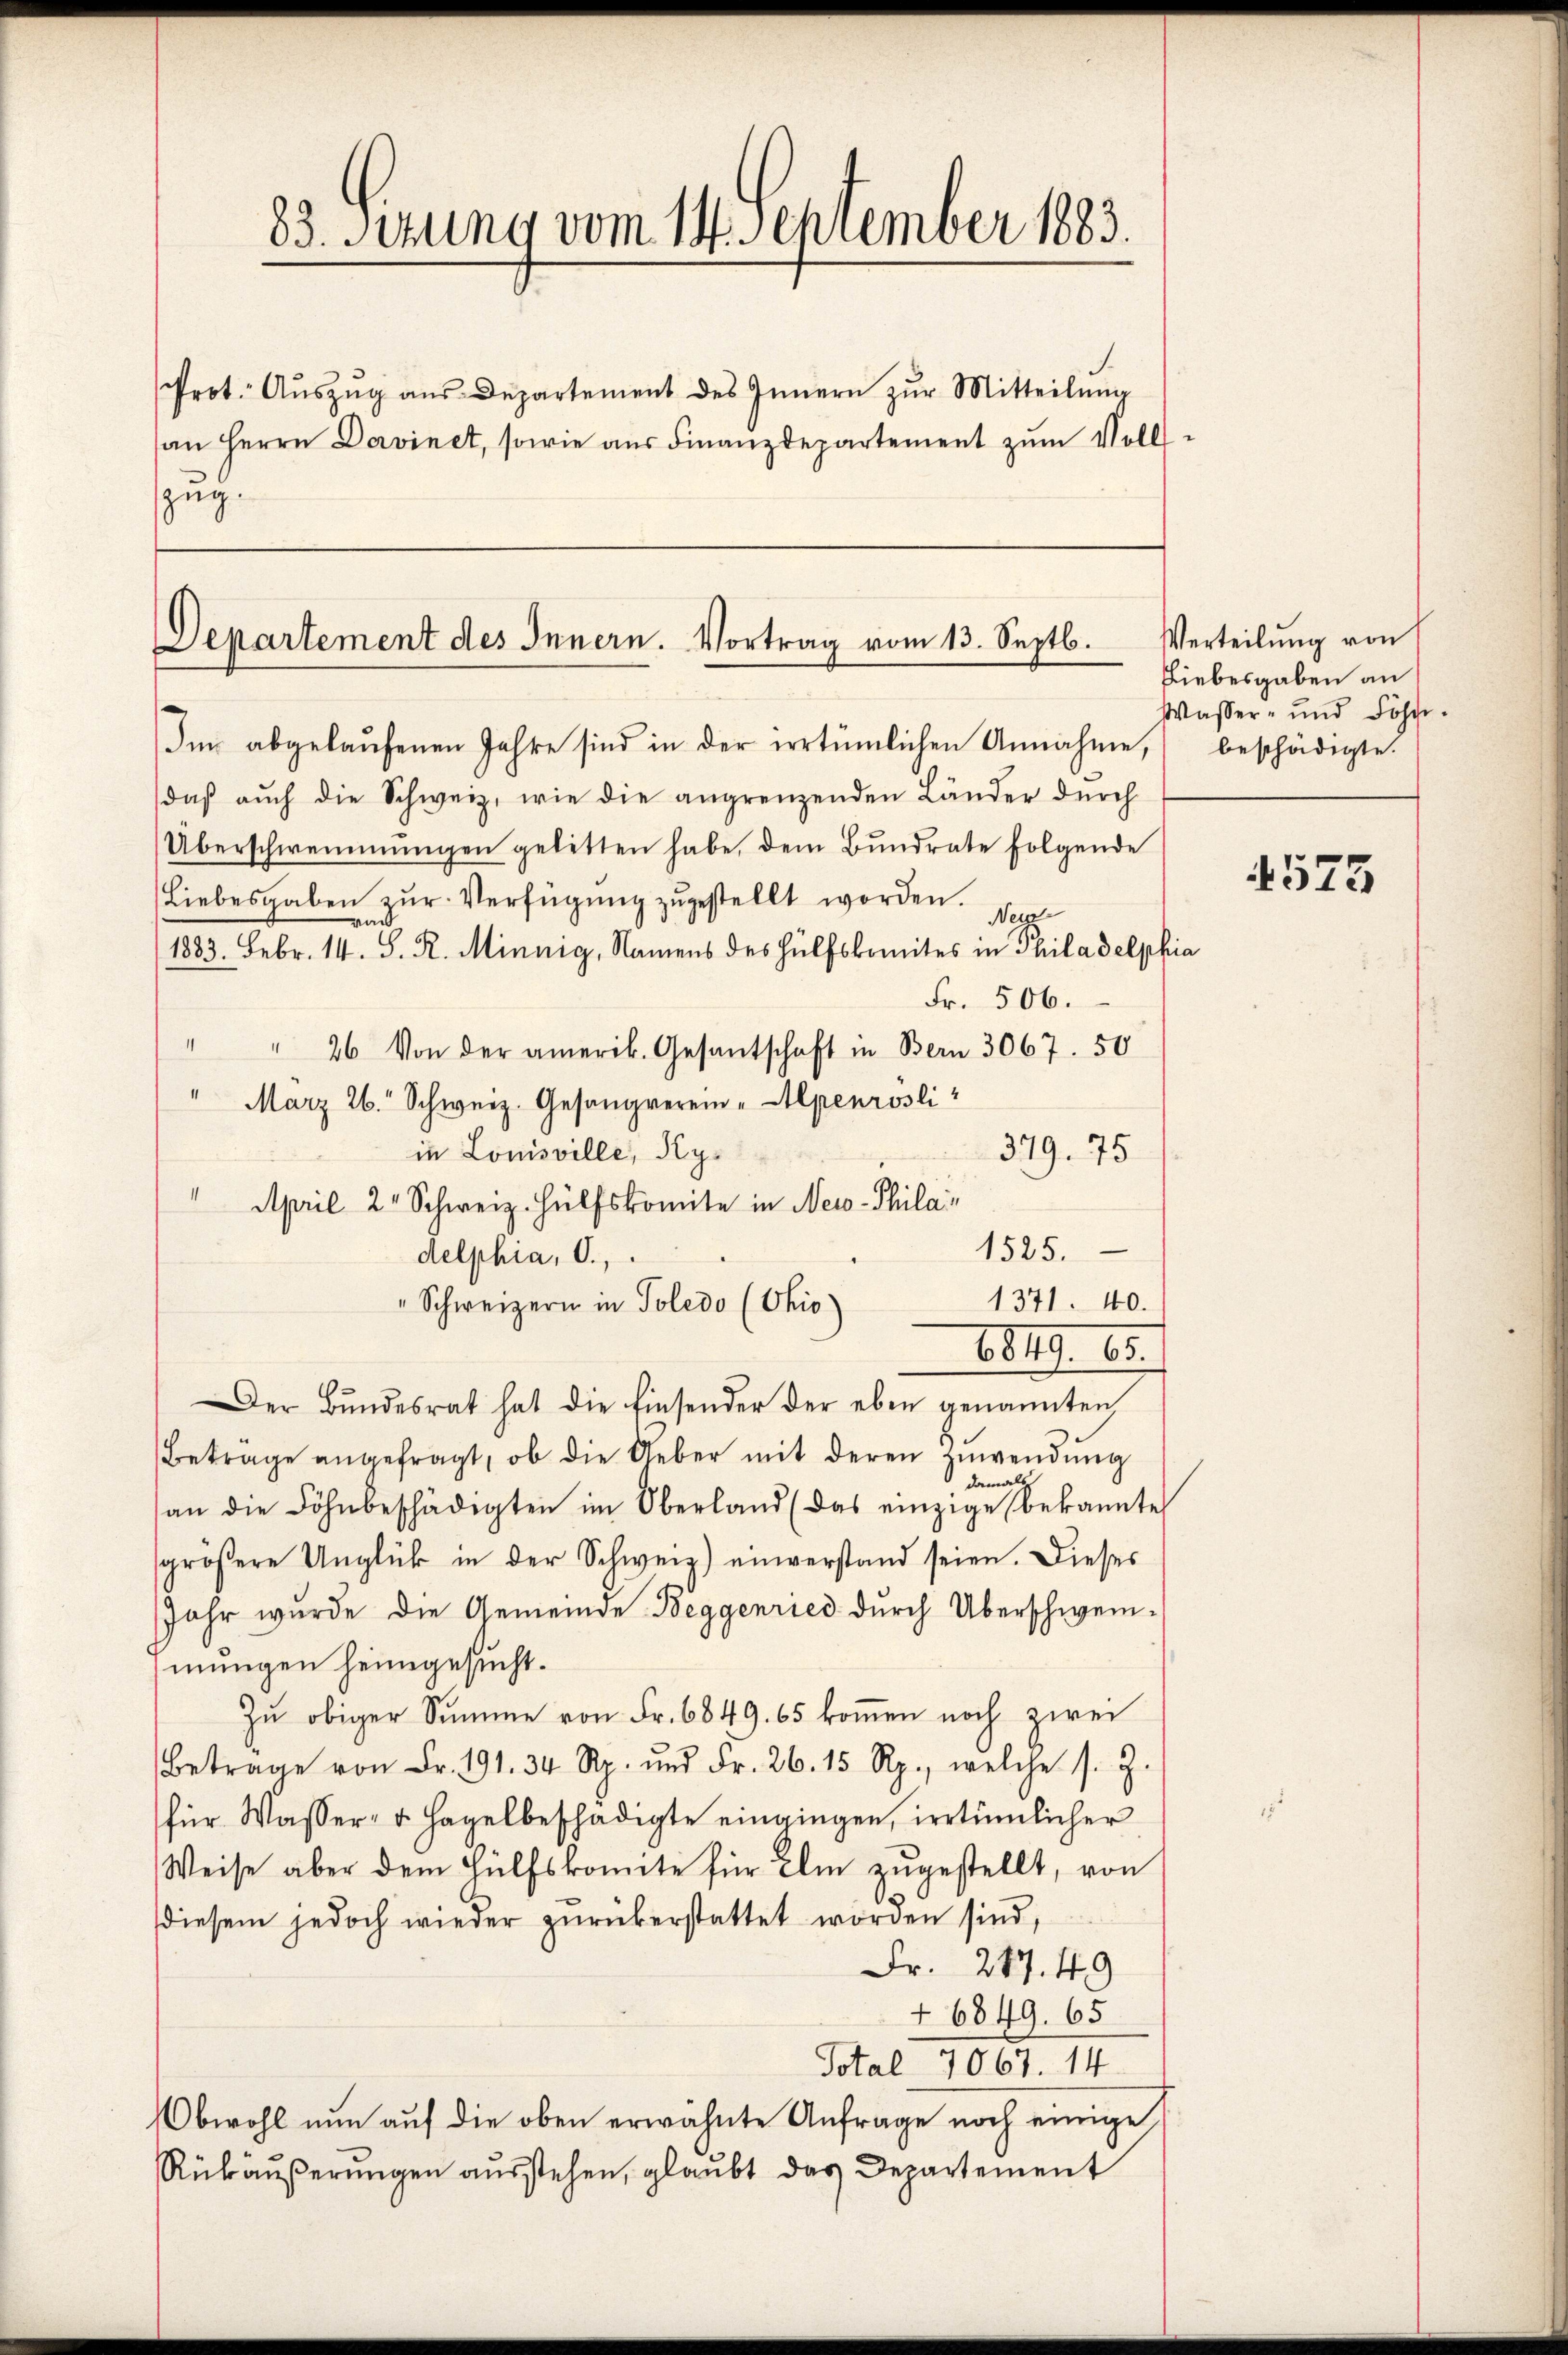
Prot. Aŭszŭg aŭs Departement des Innern zŭr Mitteilŭng
an Herrn Davinet, sowie aŭs Finanzdepartement zŭm Volls-
zug.

83. Sitzung vom 14. September 1883.

Departement des Innern. Vortrag vom 13. Septb.

Im abgelaufenen Jahre sind in der irrtümlichen Annahme,
daβ aŭch die Schweiz, wie die angrenzenden Länder durch
Überschwemmungen gelitten habe, dem Bŭndrate folgende
(Liebesgaben zur Verfügung zugestellt worden. Sep
1883. Febr. 14. S. R. Minnig, Namens des Hülfskomites in Philadelphia
Fr. 506.
" " 26 Von der amerik. Gesantschaft in Bern 3067. 50
" März 26. Schweiz. Gesangverein-Alpenrosli
in Louisville, Ky¬
379. 75
" April 2 Schweiz. Hülfskomite in Neio-Philai
1525.
delphia, O.,
1371. 40.
Schweizern in Poledo (Chio)
819. 163.
Der Bŭndesrat hat die Einsender der eben genannten
Betrage angefragt, ob die Ueber mit deren Zuwendung
es
damal
an die Föhnbeschädigten im Oberland (das einzige bekannte
sgrößere Unglück in der Schweiz) einverstand seien. Dieses
Jahr wurde die Gemeinde Beggenried durch Überschweimungen heimgesucht.
Zŭ obiger Summe von Fr. 6849. 65 koṁen noch zwei
Betrage von Fr. 191. 34 Rp. ŭnd Fr. 26. 15 Rp., welche s. Z.
für Wasser- u. Hagelbeschädigte eingingen, irrtümlicher
Weise aber dem Hülfskomite für Ihm zŭgestellt, von
diesem jedoch wieder zurükerstattet worden sind,
Fr. 217. 49
+ 6849. 65
Total 1067. 14.
Obwohl nun auf die oben erwähnte Anfrage noch einige
Rükäußerungen ausstehen, glaubt das Departement

Verteilung von
Liebesgaben an
Wasser- und Söhne.
beschädigte.

e

575